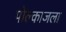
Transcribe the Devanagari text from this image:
पोल्काजला